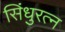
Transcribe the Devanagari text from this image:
सिंधुरत्न